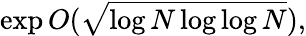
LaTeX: \exp O({\sqrt{\log N\log\log N}}),